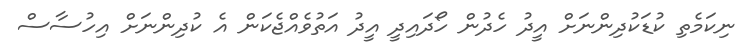
ނިކަމެތި ކުޑަކުދިންނަށް އީދު ހެދުން ހޯދައިދީ އީދު އަތުވެއްޖެކަން އެ ކުދިންނަށް އިހުސާސް